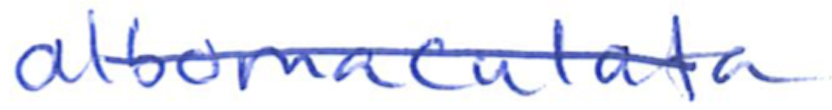
Text: albomaculata
Cross-out: mix
Writing tool: ballpoint